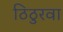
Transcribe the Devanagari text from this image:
ठिठुरवा